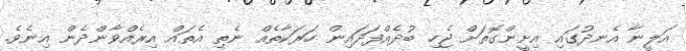
އަލީނާ އެނދުގައި އިށީންގޮތަށް ޖެހި ބުދެއްފަދައިން ހަރަކާތެއް ނެތި އެތައް އިރެއްވާންދެން އިނެވެ.